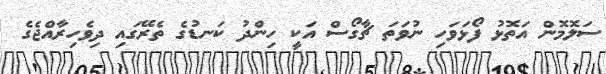
ސަލޮމޮން އަތޮޅު ފޯޅަވަހި ނުވަތަ ޗާގޯސް އަކީ ހިންދު ކަނޑުގެ ތެރޭގައި ދިވެހިރާއްޖެގެ